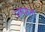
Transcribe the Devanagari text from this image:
जगभर्ता